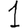
Digit: 1